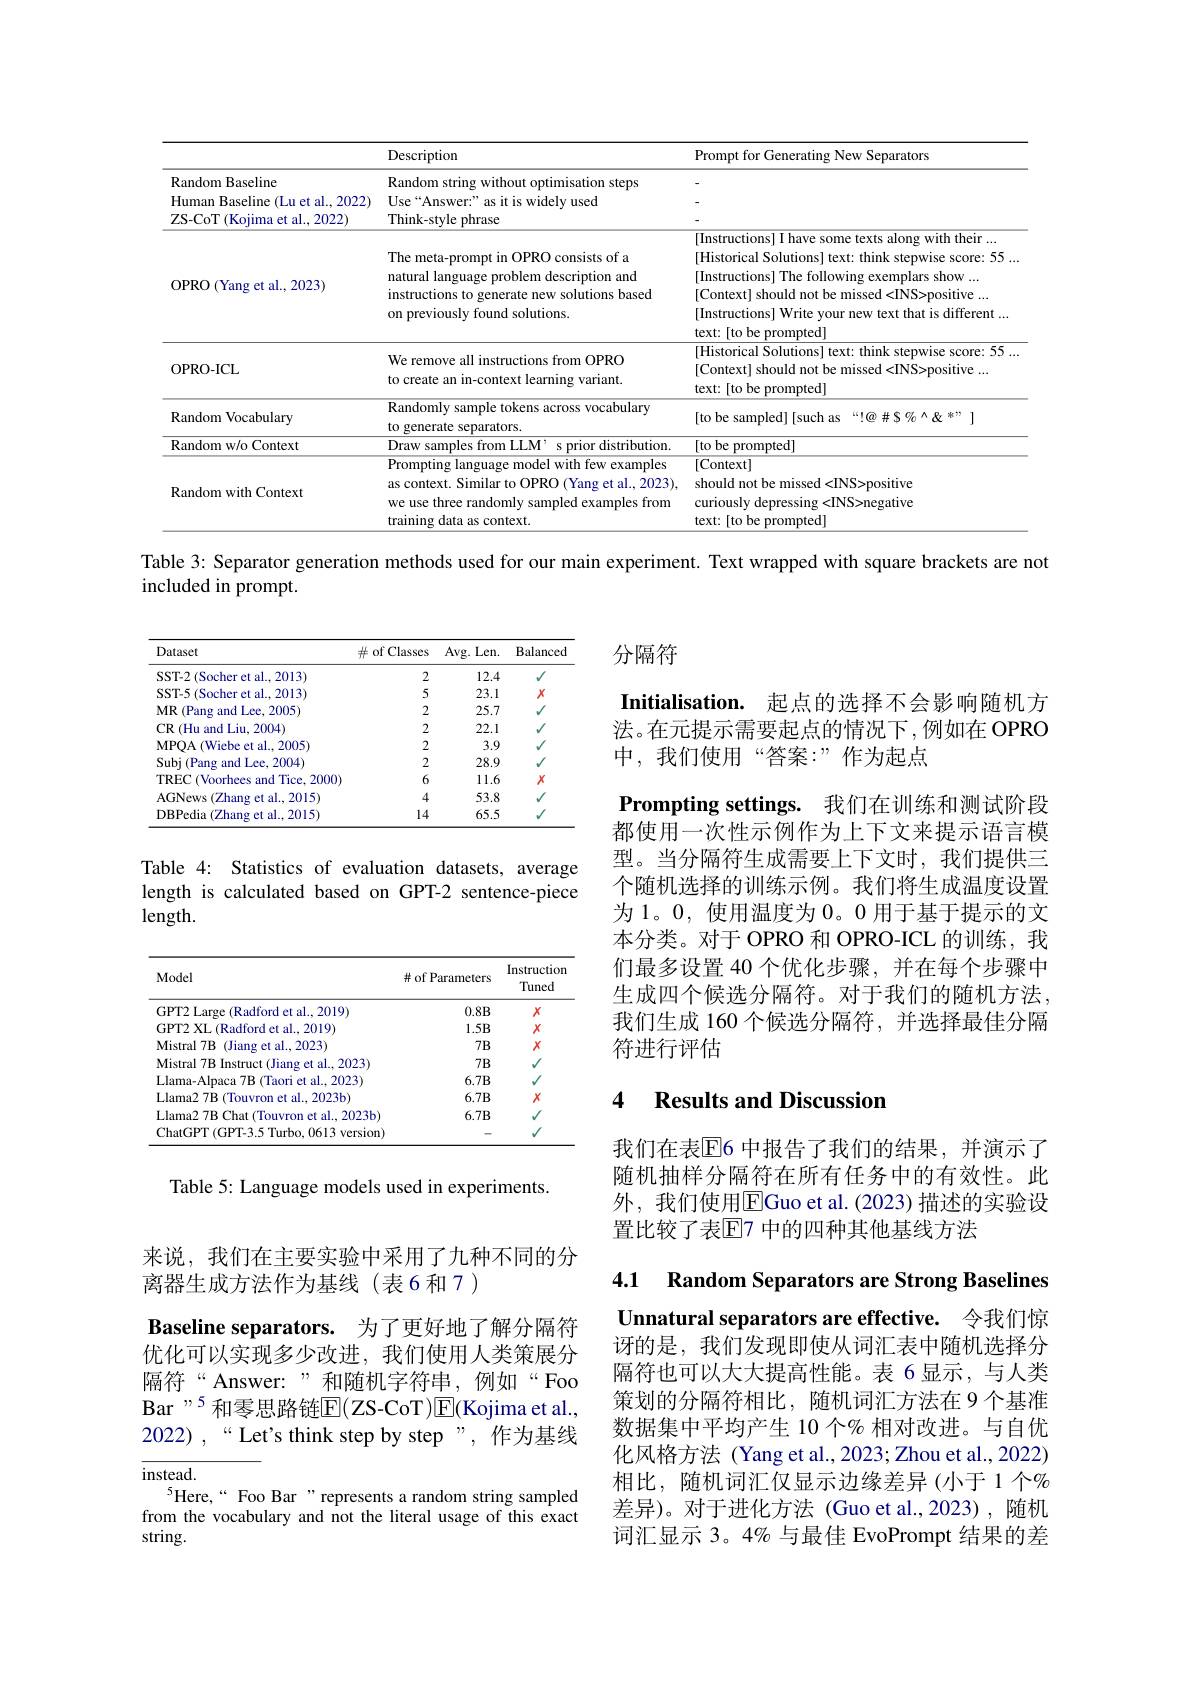
<table>
	<tbody>
		<tr>
			<th> </th>
			<th>Description</th>
			<th>Prompt for Generating New Separators</th>
		</tr>
		<tr>
			<td>Random Baseline</td>
			<td>Random string without optimisation steps</td>
			<td> </td>
		</tr>
		<tr>
			<td>Human $R_{\mathrm{aseline}}$ (Lu et al.2022)</td>
			<td>11. $111cen$</td>
			<td> </td>
		</tr>
		<tr>
			<td>OPRO (Yang et al., 2023)</td>
			<td>The meta-prompt in OPRO consists of a natural language problem description and instructions to generate new solutions based on previously found solutions.</td>
			<td>[Instructions] I have some texts along with their... [Historical Solutions] text: think stepwise score: 55. [Instructions] The following exemplars show ... [Context] should not be missed <INS>positive ... [Instructions] Write your new text that is different ... text:[ to be prompted]</td>
		</tr>
		<tr>
			<td>OPRO-ICL</td>
			<td>We remove all instructions from OPRO to create an in-context learning variant.</td>
			<td>[Historical Solutions] text: think stepwise score: 55. [Context] should not be missed <INS>positive ... text:[to be prompted]</td>
		</tr>
		<tr>
			<td>Random Vocabulary</td>
			<td>Randomly sample tokens across vocabulary to generate separators.</td>
			<td>$$[$to be sampled][such as“!@\#S\%^{\wedge}\&^{*},]$</td>
		</tr>
		<tr>
			<td>${\mathrm{Random~w/o~Context}}$</td>
			<td>Draw samples from LLM' s prior distribution.</td>
			<td>[to be prompted]</td>
		</tr>
		<tr>
			<td>Random with Context</td>
			<td>Prompting language model with few examples as context. Similar to OPRO (Yang et al., 2023), we use three randomly sampled examples from training data as context.</td>
			<td>[Context] should not be missed<INS>positive curiously depressing <INS>negative text: [to be prompted]</td>
		</tr>
	</tbody>
</table>

Table 3: Separator generation methods used for our main experiment. Text wrapped with square brackets are not

included in prompt.

分隔符

<table>
	<tbody>
		<tr>
			<th>Dataset</th>
			<th>$\#$ of Classes</th>
			<th>Avg. Len. </th>
			<th>Balanced</th>
		</tr>
		<tr>
			<td>SST-2 (Socher et al.2013)</td>
			<td>2</td>
			<td>12.4</td>
			<td>$V$</td>
		</tr>
		<tr>
			<td>SST-5 (Socher et al., 2013)</td>
			<td>5</td>
			<td>23.1</td>
			<td>$X$</td>
		</tr>
		<tr>
			<td>MR (Pang and Lee, 2005)</td>
			<td>2</td>
			<td>25.7</td>
			<td>$V$</td>
		</tr>
		<tr>
			<td>CR (Hu and Liu, 2004)</td>
			<td>2</td>
			<td>22.1</td>
			<td>$V$</td>
		</tr>
		<tr>
			<td>MPOA ( Wiebe et al. , 2005) </td>
			<td>2</td>
			<td>3.9</td>
			<td>$V$</td>
		</tr>
		<tr>
			<td>Subj ( Pang and Lee, 2004) </td>
			<td>2</td>
			<td>28.9</td>
			<td>$V$</td>
		</tr>
		<tr>
			<td>TREC (Voorhees and Tice. 2000</td>
			<td>6</td>
			<td>11.6</td>
			<td>$X$</td>
		</tr>
		<tr>
			<td>AGNews 1 (Zhang et al., 2015)</td>
			<td>4</td>
			<td>53.8</td>
			<td>$v$</td>
		</tr>
		<tr>
			<td>DBPedia 、 (Zhang et al..2015)</td>
			<td>14</td>
			<td>65.5</td>
			<td></td>
		</tr>
	</tbody>
</table>

Initialisation. 起点的选择不会影响随机方法。在元提示需要起点的情况下，例如在 OPRO 中，我们使用“答案：”作为起点
Prompting settings. 我们在训练和测试阶段都使用一次性示例作为上下文来提示语言模型。当分隔符生成需要上下文时，我们提供三个随机选择的训练示例。我们将生成温度设置为 1。0, 使用温度为 0。0 用于基于提示的文本分类。对于 OPRO 和 OPRO-ICL 的训练，我们最多设置 40 个优化步骤，并在每个步骤中生成四个候选分隔符。对于我们的随机方法， 我们生成 160 个候选分隔符，并选择最佳分隔符进行评估

Table 4: Statistics of evaluation datasets, average length is calculated based on GPT-2 sentence-piece length.

<table>
	<tbody>
		<tr>
			<th>Model</th>
			<th># of Parameters</th>
			<th>Instructiom Tuned</th>
		</tr>
		<tr>
			<td>GPT2 Large (Radford et al., 2019)</td>
			<td>$0.8B$</td>
			<td>$X$</td>
		</tr>
		<tr>
			<td>GPT2 XL (Radford et al., 2019)</td>
			<td>$1.5B$</td>
			<td>$X$</td>
		</tr>
		<tr>
			<td>Mistral 7B (Jiang et al., 2023)</td>
			<td>$7B$</td>
			<td>$X$</td>
		</tr>
		<tr>
			<td>Mistral 7B Instruct (Jiang et al..2023)</td>
			<td>$7B$</td>
			<td>$V$</td>
		</tr>
		<tr>
			<td>Llama-Alpaca $7\mathbf{B}$ (Taori et al..2023)</td>
			<td>$6.7B$</td>
			<td>$V$</td>
		</tr>
		<tr>
			<td>Llama2 7B (Touvron et al., 2023b)</td>
			<td>$6.7B$</td>
			<td>$X$</td>
		</tr>
		<tr>
			<td>Llama2 7B Chat (Touvron et al., 2023b)</td>
			<td>$6.7B$</td>
			<td>$V$</td>
		</tr>
		<tr>
			<td>ChatGPT ( GPT- 3. 5 Turbo, 0613 version) </td>
			<td> </td>
			<td>1</td>
		</tr>
	</tbody>
</table>

### 4 Results and Discussion

Table 5: Language models used in experiments.

我们在表E6 中报告了我们的结果，并演示了随机抽样分隔符在所有任务中的有效性。此外，我们使用$\overline{\mathrm{E}}$Guo et al.(2023)描述的实验设置比较了表$\mathbb{E}$7 中的四种其他基线方法

4.1 Random Separators are Strong Baselines

来说，我们在主要实验中采用了九种不同的分
离器生成方法作为基线(表6和7)
Baseline separators. 为了更好地了解分隔符优化可以实现多少改进，我们使用人类策展分隔符“Answer:”和随机字符串，例如“Foo Bar"5 和零思路链$\mathbb{E}($ZS-CoT)E(Kojima et al. 2022) $, “$Let's think step by step”,作为基线

Unnatural separators are effective. 令我们惊讶的是，我们发现即使从词汇表中随机选择分隔符也可以大大提高性能。表 6显示，与人类策划的分隔符相比，随机词汇方法在 9个基准数据集中平均产生 10 个% 相对改进。与自优化风格方法 (Yang et al., 2023; Zhou et al., 2022) 相比，随机词汇仅显示边缘差异(小于1个% 差异)。对于进化方法(Guo et al.,2023),随机词汇显示 3。4% 与最佳 EvoPrompt 结果的差

$instead.$
$^{5}$Here,“ Foo Bar”represents a random string sampled from the vocabulary and not the literal usage of this exact string.